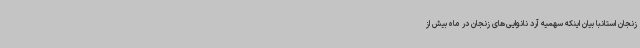
زنجان استانبا بیان اینکه سهمیه آرد نانوایی‌های زنجان در ماه بیش از